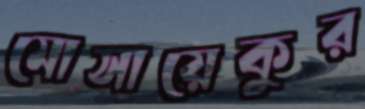
মোসায়েকুর